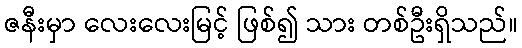
ဇနီးမှာ လေးလေးမြင့် ဖြစ်၍ သား တစ်ဦးရှိသည်။